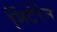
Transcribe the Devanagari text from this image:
मिंटेरेन